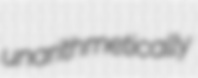
unarithmetically